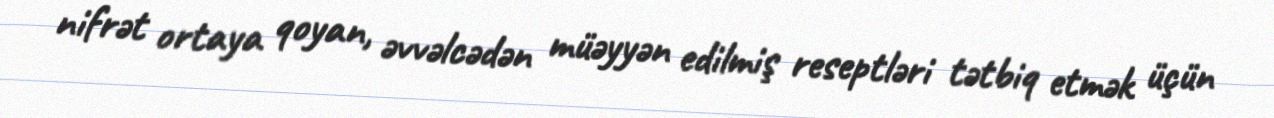
nifrət ortaya qoyan, əvvəlcədən müəyyən edilmiş reseptləri tətbiq etmək üçün